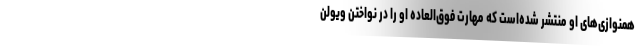
همنوازی‌های او منتشر شده‌است که مهارت فوق‌العاده او را در نواختن ویولن